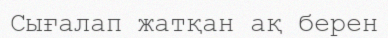
Сығалап жатқан ақ берен